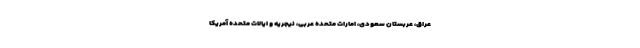
عراق، عربستان سعودی، امارات متحده عربی، نیجریه و ایالات متحده آمریکا